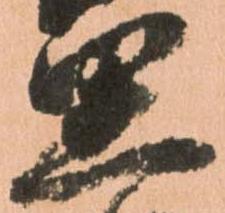
思